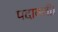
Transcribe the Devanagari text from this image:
पदावली।